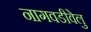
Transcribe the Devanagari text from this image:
नागवडीवेलु